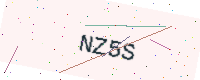
Text: NZ5S